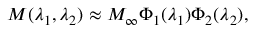
M ( \lambda _ { 1 } , \lambda _ { 2 } ) \approx M _ { \infty } \Phi _ { 1 } ( \lambda _ { 1 } ) \Phi _ { 2 } ( \lambda _ { 2 } ) ,